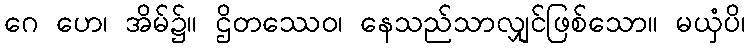
ဂေ ဟေ၊ အိမ်၌။ ဌိတဿေဝ၊ နေသည်သာလျှင်ဖြစ်သော။ မယှံပိ၊